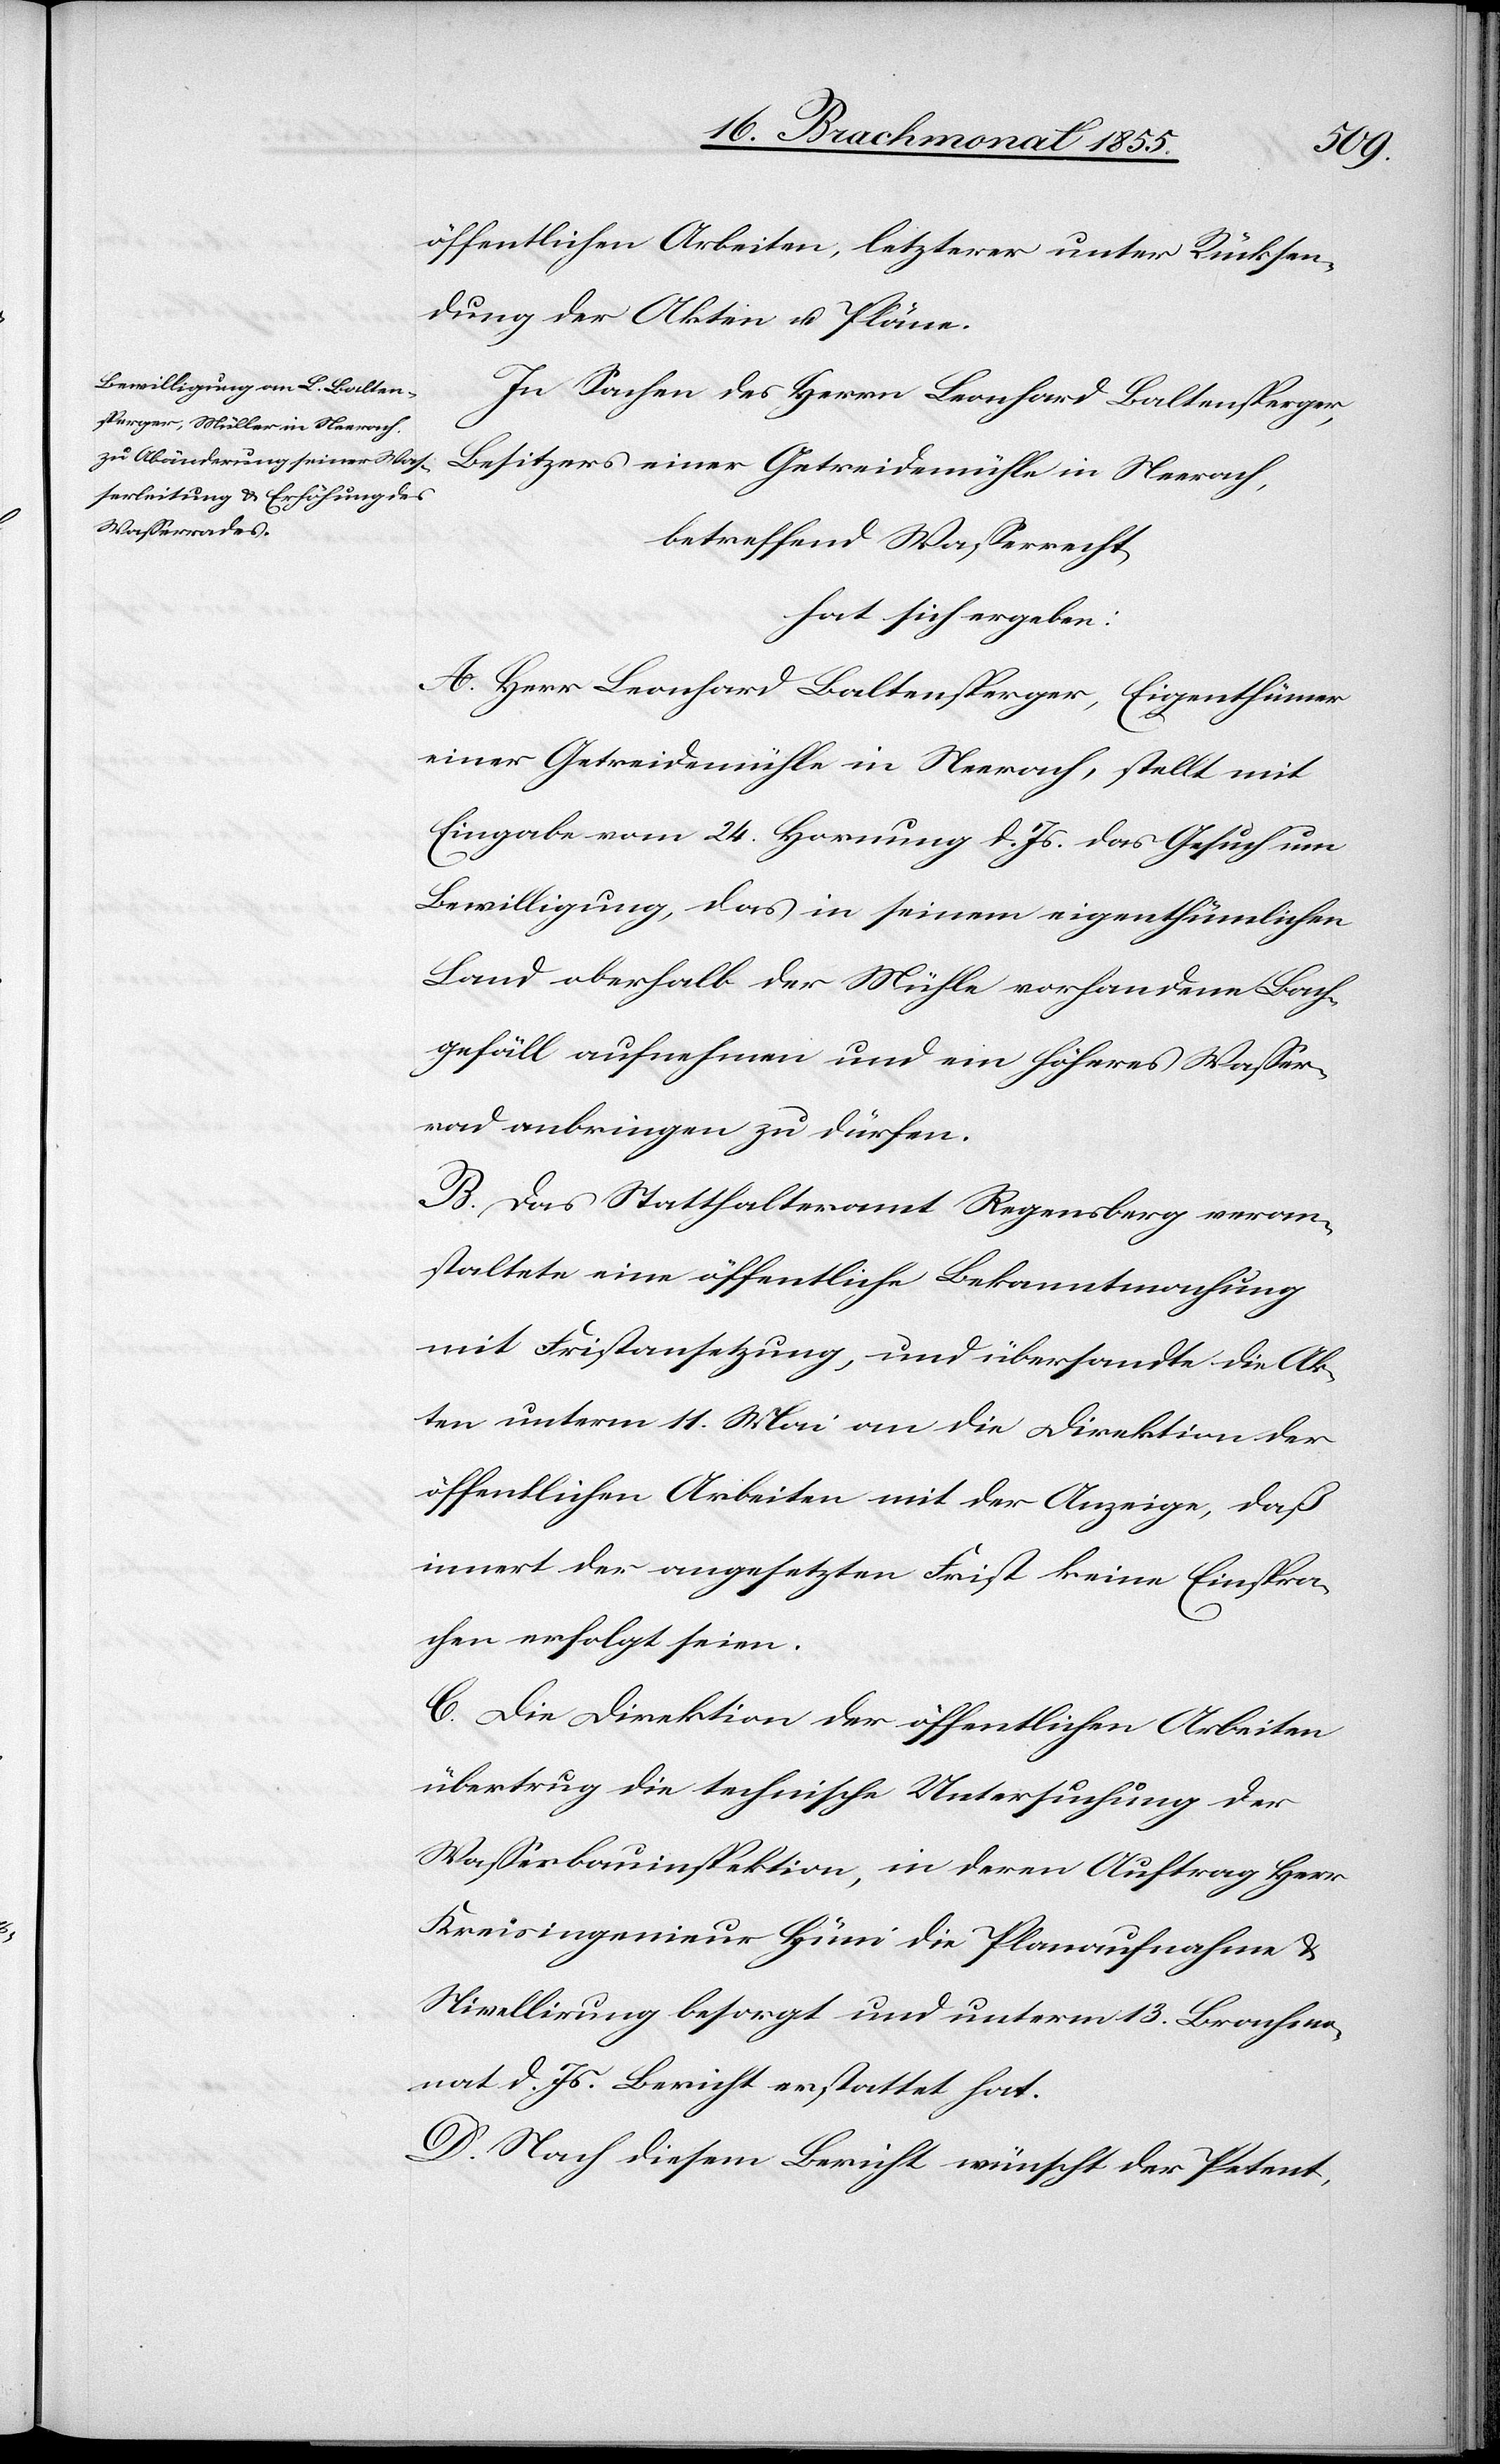
öffentlichen Arbeiten, letzterer unter Rücksen¬
dung der Akten u. Pläne.
In Sachen des Herrn Leonhard Baltensperger,
Besitzers einer Getreidemühle in Neerach,
betreffend Wasserrecht,
hat sich ergeben:
A. Herr Leonhard Baltensperger, Eigenthümer
einer Getreidemühle in Neerach, stellt mit
Eingabe vom 24. Hornung d. Js. das Gesuch um
Bewilligung, das in seinem eigenthümlichen
Land oberhalb der Mühle vorhandene Bach¬
gefäll aufnehmen und ein höheres Wasser¬
rad anbringen zu dürfen.
B. Das Statthalteramt Regensberg veran¬
staltete eine öffentliche Bekanntmachung
mit Fristansetzung, und übersandte die Ak¬
ten unterm 11. Mai an die Direktion der
öffentlichen Arbeiten mit der Anzeige, daß
innert der angesetzten Frist keine Einspra¬
chen erfolgt seien.
C. Die Direktion der öffentlichen Arbeiten
übertrug die technische Untersuchung der
Wasserbauinspektion, in deren Auftrag Herr
Kreisingenieur Hüni die Planaufnahme &
Nivellirung besorgt und unterm 13. Brachmo¬
nat d. Js. Bericht erstattet hat.
D. Nach diesem Bericht wünscht der Petent,